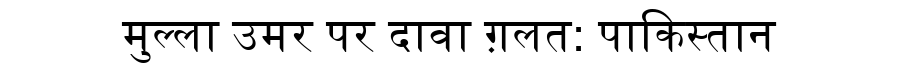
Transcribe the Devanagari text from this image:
मुल्ला उमर पर दावा ग़लत: पाकिस्तान